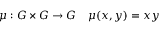
\mu : G \times G \to G \quad \mu ( x , y ) = x y